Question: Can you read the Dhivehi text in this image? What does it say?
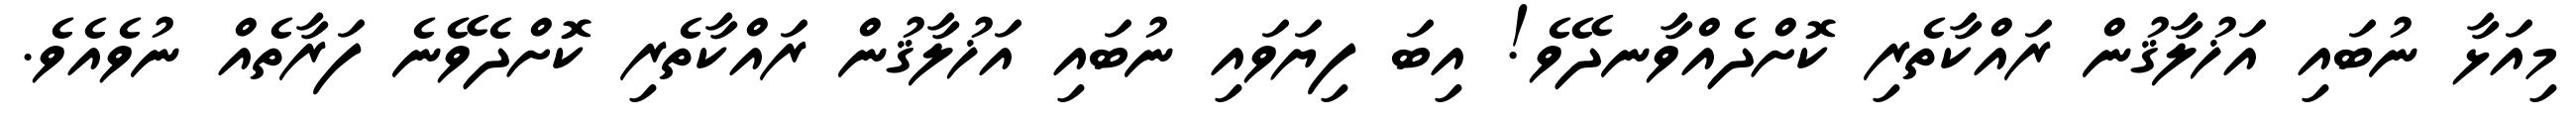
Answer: މިއަޅާ ނުބައި އަޚުލާޤުން ރައްކާތެރި ކޮށްދެއްވާނދޭވެ! އިބަ ފިޔަވައި ނުބައި އަޚުލާޤުން ރައްކާތެރި ކޮށްދެވޭނެ ފަރާތެއް ނުވެއެވެ.